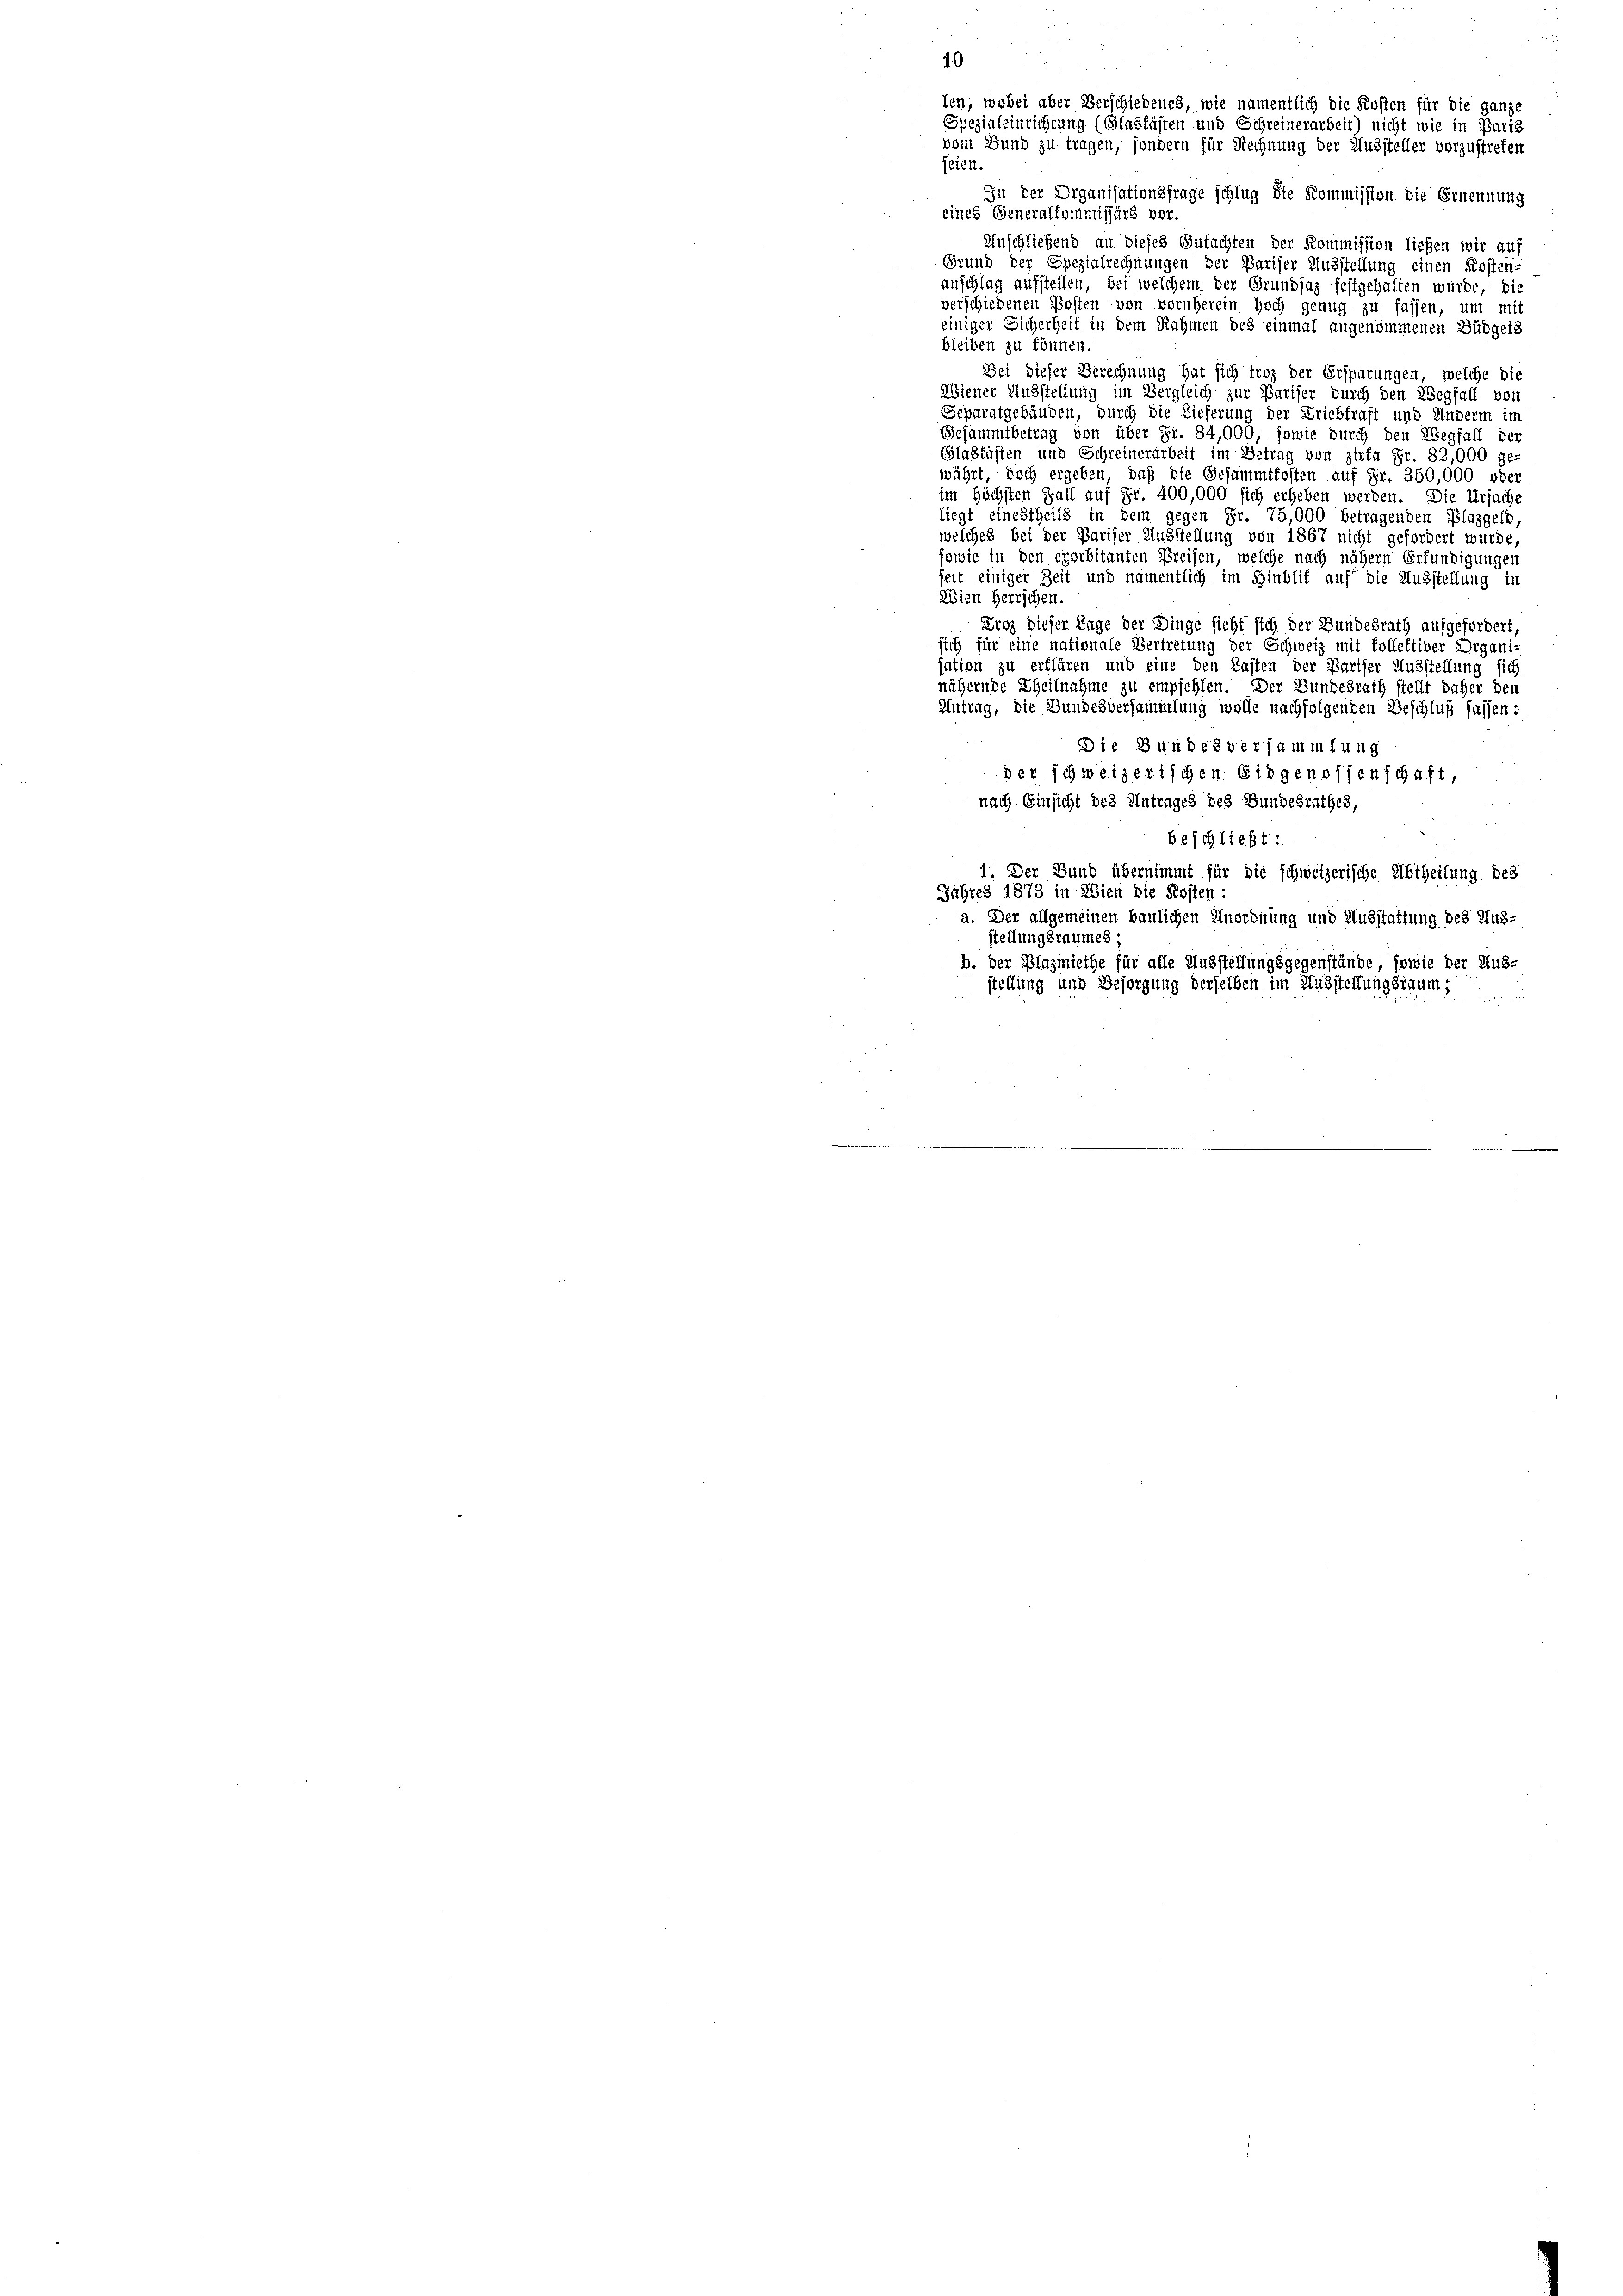
10

fen, wobei aber Verschiedenes, wie namentlich die Kosten für die ganze
Spezialeinrichtung (Glabfüsten und Schreinerarbeit) nicht wie in Paris
vom Bund zu tragen, sondern für Rechnung der Aussteller vorzustreten
feien.
In der Organisationsfrage schlug die Kommission die Ernennung
eines Generalkommissärs vor.
Anschließend an dieses Gutachten der Kommission ließen wir auf
Grund der Spezialrechnungen der Pariser Ausstellung einen Kosten-
anschlag aufstellen, bei welchem der Grundsaz festgehalten wurde, die
verschiedenen Posten von vornherein Hoch genug zu fassen, um mit
einiger Sicherheit in dem Rahmen des einmal angenommenen Büdgets
bleiben zu können.
Bei dieser Berechnung hat sich troz der Ersparungen, welche die
Wiener Ausstellung im Vergleich zur Pariser durch den Wegfall von
Separatgebäuden, durch die Lieferung der Kriebkraft und Anderm im
Gesammtbetrag von über Fr. 84,000, sowie durch den Wegfall der
Glagfähten und Schreinerarbeit im Betrag von Zirka Fr. 82,000 ge-
währt, doch ergeben, daß die Gesammtkosten auf Fr. 350,000 oder
im höchsten Fall auf Fr. 400,000 sich erheben werden. Die Ursache
liegt einestheils in dem gegen Fr. 75,000 betrügenden Plaggeld,
welches bei der Pariser Ausstellung von 1867 nicht gefordert wurde,
sowie in den exorbitanten Preisen, welche nach nähern Erfündigungen
seit einiger Zeit und namentlich im Hinblif auf die Ausstellung in
Wien Herrschen.
Erez dieser Tage der Dinge sieht sich der Bundesrath aufgefordert,
sich für eine nationale Vertretung der Schweiz mit follektiver Organi-
sation zu erflären und eine den Kasten der Pariser Ausstellung sich
nähernde Theilnahme zu empfehlen. Der Bundesrath stellt daher den
Antrag, die Bundesversammlung wolle nachfolgenden Beschluß fassen:
Die Bundesversammlung
der schweizerischen Eidgenossenschaft,
nach Einsicht des Antrages des Bundesrathes,
beschließt:
1. Der Bund übernimmt für die schweizerische Abtheilung des
Jahres 1873 in Wien die Kosten :
a. Der allgemeinen baulichen Anordnung und Ausstattung des Aus-
stellungsraumes
b. Der Plazmiethe für alle Ausstellungsgegenstände, sowie der Aus-
stellung und Besorgung derselben im Ausstellungsraum j